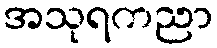
အသုရကညာ